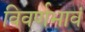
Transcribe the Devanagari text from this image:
विवर्णभावं